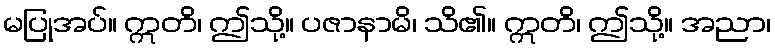
မပြုအပ်။ ဣတိ၊ ဤသို့။ ပဇာနာမိ၊ သိ၏။ ဣတိ၊ ဤသို့။ အညာ၊